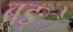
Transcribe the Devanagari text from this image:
बङ्ें